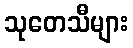
သုတေသီများ